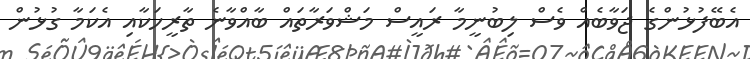
އެބޭފުޅުންގެ ޖަވާބެއް ވެސް ލިބުނީމާ ރައީސް މަޝްވަރާތައް ބާއްވާނެ ތާރީހަކާއި އެކަމާ ގުޅުން